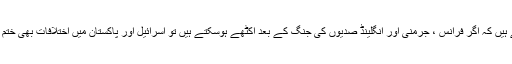
ہم بتانا چاہتے ہیں کہ اگر فرانس ، جرمنی اور انگلینڈ صدیوں کی جنگ کے بعد اکٹھے ہوسکتے ہیں تو اسرائیل اور پاکستان میں اختلافات بھی ختم ہوسکتے ہیں۔